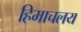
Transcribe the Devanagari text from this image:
हिमाचलय